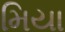
મિયા